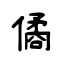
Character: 僪